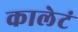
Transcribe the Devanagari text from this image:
कालेटं